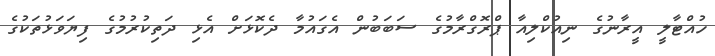
ހުއްޓާލީ އީރާނުގެ ނިއުކްލިއާ ޕްރޮގްރާމުގެ ސަބަބުން އެގައުމާ ދެކޮޅަށް އެޅި ދަތިކުރުމުގެ ފިޔަވަޅުތަކުގެ